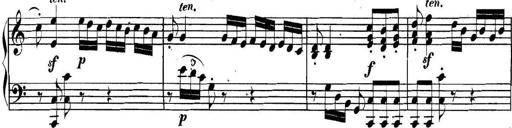
Title: Collected Piano Sonatas
Composer: Muzio Clementi